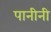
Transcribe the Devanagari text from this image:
पानीनी